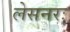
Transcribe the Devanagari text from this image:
लेसनरः